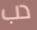
دب